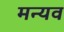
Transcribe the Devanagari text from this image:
मन्यव